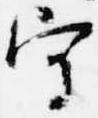
守